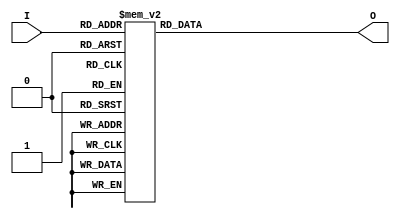
module voter (I, O);
input [3:0] I;  // I 4 men
output [3:1] O; // O Result
reg [3:1] O;

always@ (I)
begin
    case (I)
        //
        4'b0000,4'b0001,4'b0010,4'b0100,4'b1000 :
            O=3'b001;

        //
        4'b0011,4'b0101,4'b0110,4'b1001,4'b1010,4'b1100  :
            O=3'b010;

        //
        4'b0111,4'b1011,4'b1101,4'b1110,4'b1111 :
            O=3'b100;
    endcase
end
endmodule